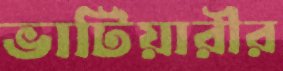
ভাটিয়ারীর